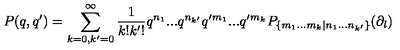
P ( q , q ^ { \prime } ) = \sum _ { k = 0 , k ^ { \prime } = 0 } ^ { \infty } \frac { 1 } { k ! k ^ { \prime } ! } q ^ { n _ { 1 } } . . . q ^ { n _ { k ^ { \prime } } } q ^ { \prime } { } ^ { m _ { 1 } } . . . q ^ { \prime } { } ^ { m _ { k } } P _ { \{ m _ { 1 } . . . m _ { k } | n _ { 1 } . . . n _ { k ^ { \prime } } \} } ( \partial _ { l } )